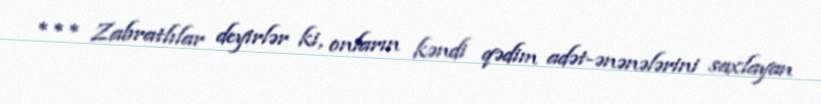
*** Zabratlılar deyirlər ki, onların kəndi qədim adət-ənənələrini saxlayan